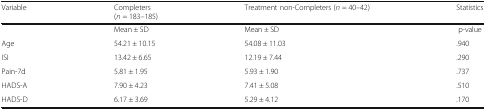
| Variable | Completers(n = 183–185) | Treatment non-Completers (n = 40–42) | Statistics |
 | --- | --- | --- | --- |
 |  | Mean ± SD | Mean ± SD | p-value |
 | Age | 54.21 ± 10.15 | 54.08 ± 11.03 | .940 |
 | ISI | 13.42 ± 6.65 | 12.19 ± 7.44 | .290 |
 | Pain-7d | 5.81 ± 1.95 | 5.93 ± 1.90 | .737 |
 | HADS-A | 7.90 ± 4.23 | 7.41 ± 5.08 | .510 |
 | HADS-D | 6.17 ± 3.69 | 5.29 ± 4.12 | .170 |